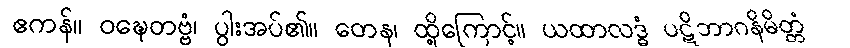
ဧကန်။ ဝဍ္ဎေတဗ္ဗံ၊ ပွါးအပ်၏။ တေန၊ ထို့ကြောင့်။ ယထာလဒ္ဓံ ပဋိဘာဂနိမိတ္တံ